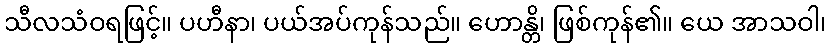
သီလသံဝရဖြင့်။ ပဟီနာ၊ ပယ်အပ်ကုန်သည်။ ဟောန္တိ၊ ဖြစ်ကုန်၏။ ယေ အာသဝါ၊